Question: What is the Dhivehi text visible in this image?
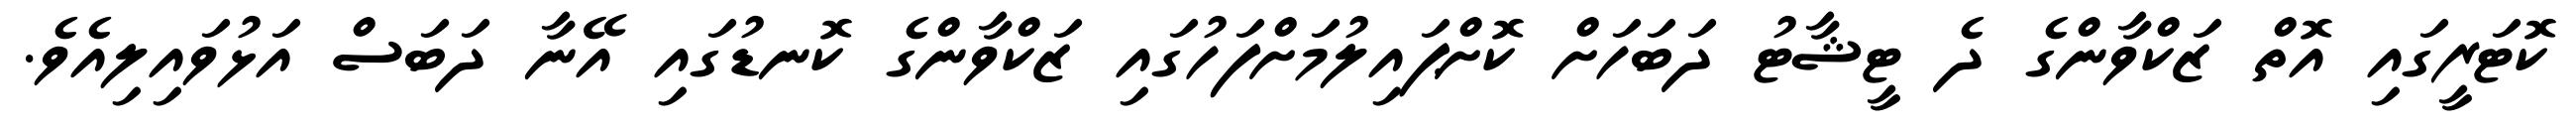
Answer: ކޮޓަރީގައި އޮތް ޒަކްވާންގެ ދެ ޓީޝާޓު ދަބަހަށް ކޮށްޕައިލުމަށްފަހުގައި ޒަކްވާންގެ ކޮނޑުގައި އޭނާ ދަބަސް އަޅުވައިލިއެވެ.